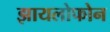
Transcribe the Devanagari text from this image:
झायलोफोन